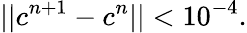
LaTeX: ||c^{n+1}-c^{n}||<10^{-4}.